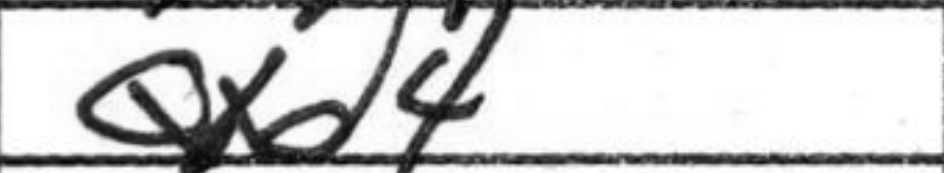
Transcription: Qxd4